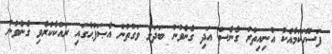
ފަސޭހަކަމާއެކު އުނިއިތުރު ގެނެސް އަދި ގެނެވުނު ބަދަލު ވަގުތުން އެޞަފްޙާގައި ރައްކާކުރެވި ގެނެވުނު